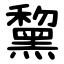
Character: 黧